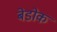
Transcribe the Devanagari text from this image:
बेडोक